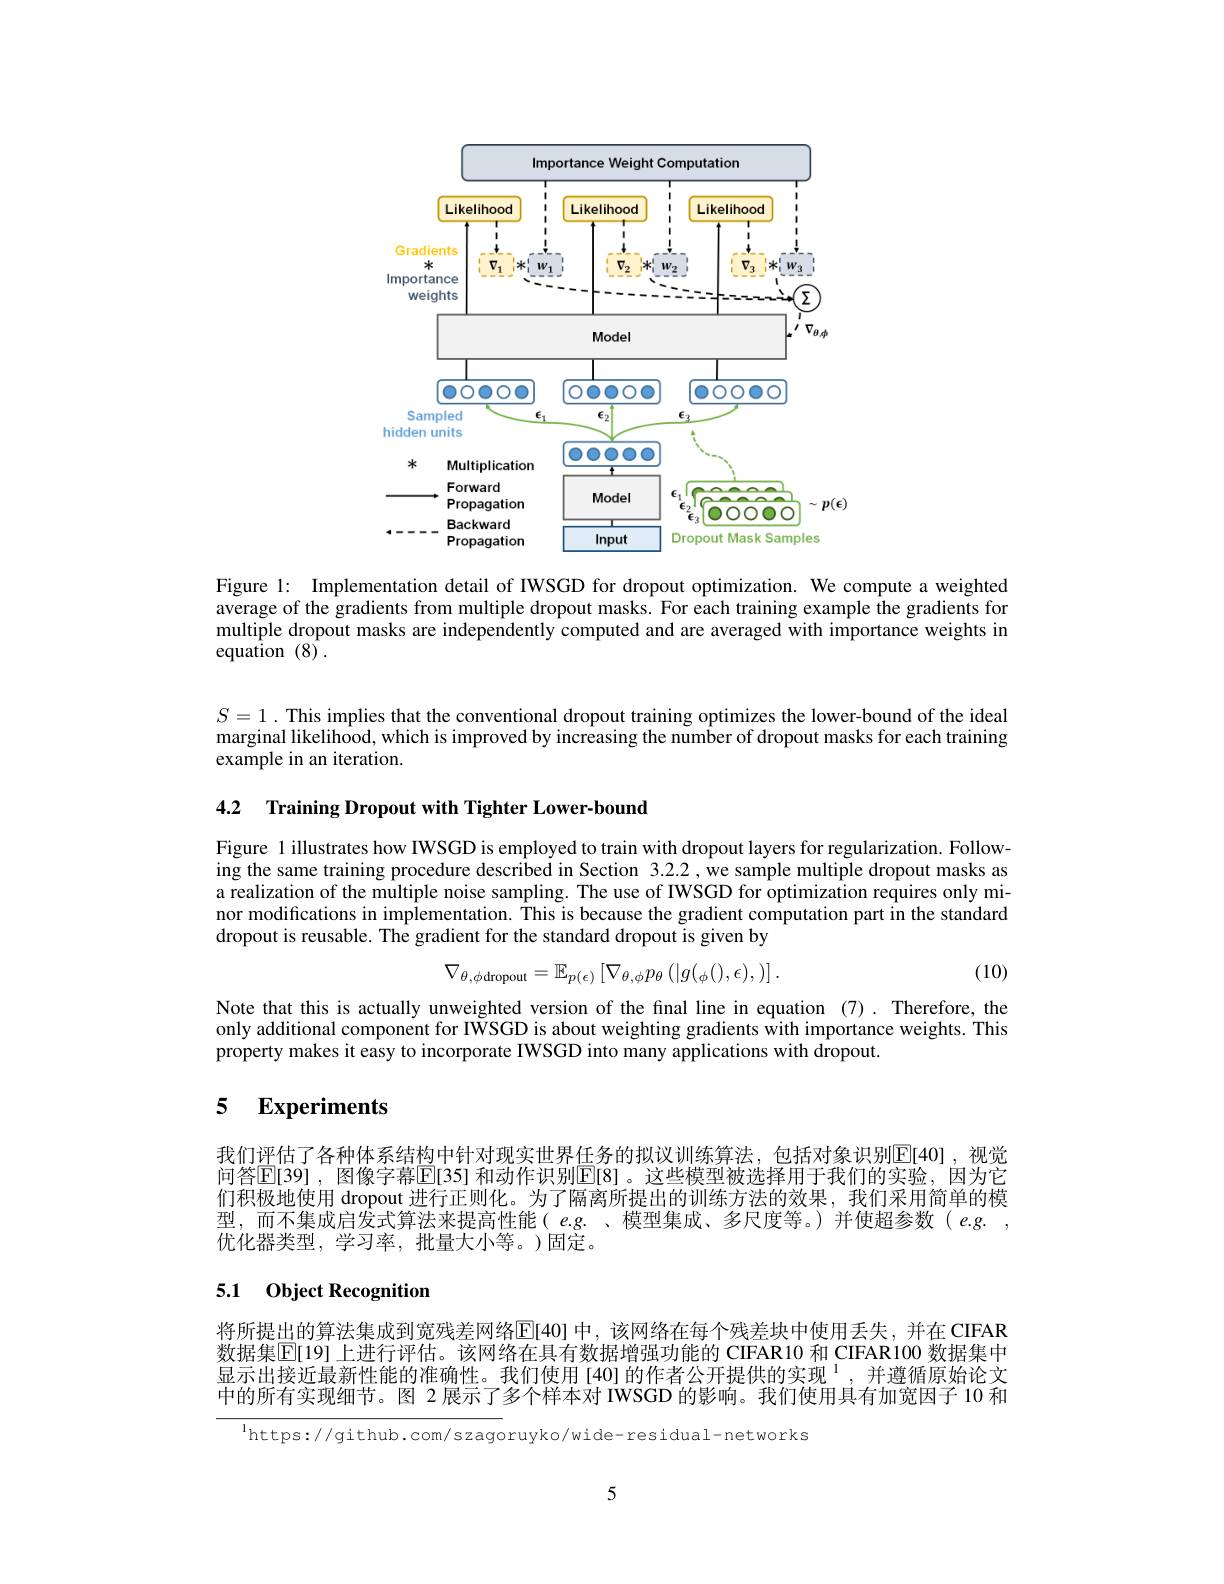
<FigureHere>

Figure 1: Implementation detail of IWSGD for dropout optimization. We compute a weighted average of the gradients from multiple dropout masks. For each training example the gradients for multiple dropout masks are independently computed and are averaged with importance weights in equation $(8)^{^{\prime}}.$

$S=1.$ This implies that the conventional dropout training optimizes the lower-bound of the ideal $\hat{\text{marginal likelihood, which is improved by increasing the number of dropout masks for each training}}$ example in an iteration.

4.2 Training Dropout with Tighter Lower-bound

Figure 1 illustrates how IWSGD is employed to train with dropout layers for regularization. Following the same training procedure described in Section 3.2.2,we sample multiple dropout masks as a realization of the multiple noise sampling. The use of IWSGD for optimization requires only minor modifications in implementation. This is because the gradient computation part in the standard dropout is reusable. The gradient for the standard dropout is given by
$$\nabla_{\theta,\phi\text{dropout}}=\mathbb{E}_{p(\epsilon)}\left[\nabla_{\theta,\phi}p_{\theta}\left(|g(_{\phi}(),\epsilon),\right)\right].$$
(10)

Note that this is actually unweighted version of the final line in equation (7). Therefore, the only additional component for IWSGD is about weighting gradients with importance weights. This property makes it easy to incorporate IWSGD into many applications with dropout.

### 5 $\textbf{Experiments}$

我们评估了各种体系结构中针对现实世界任务的拟议训练算法，包括对象识别$\overline{\mathrm{E}}[40]$ ,视觉问答$\mathbb{E}[39]$ ,图像字幕$\mathbb{E}[35]$ 和动作识别$\mathbb{E}[8]$ 。这些模型被选择用于我们的实验，因为它们积极地使用 dropout 进行正则化。为了隔离所提出的训练方法的效果，我们采用简单的模型，而不集成启发式算法来提高性能( $e.g.$ 、模型集成、多尺度等。)并使超参数($e.g.$, 优化器类型，学习率，批量大小等。)固定。

## 5.1 Object Recognition

将所提出的算法集成到宽残差网络$\operatorname{E}[40]$ 中，该网络在每个残差块中使用丢失，并在 CIFAR 数据集$\overline{\mathbb{E}}[19]$ 上进行评估。该网络在具有数据增强功能的 CIFAR10 和 CIFAR100 数据集中显示出接近最新性能的准确性。我们使用[40]的作者公开提供的实现$^{1}$,并遵循原始论文中的所有实现细节。图 2 展示了多个样本对 IWSGD 的影响。我们使用具有加宽因子 10 和

$^{\mathrm{l}}$https://github.com/szagoruyko/wide-residual-networks

5